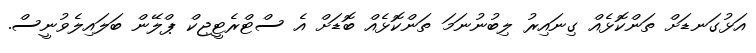
އަޅުގަނޑަށް ތަންކޮޅެއް ގިނައިރު ލިބުނުނަމަ ތަންކޮޅެއް ބޮޑަށް އެ ސްޓްރެޓީޖިކް ޕްލޭން ބަލައިލެވުނީސް.